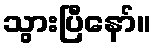
သွားပြီနော်။